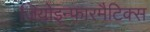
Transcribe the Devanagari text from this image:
जियोइन्फारमैटिक्स